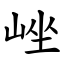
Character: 㟇